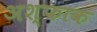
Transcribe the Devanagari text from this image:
अश्फाक